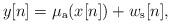
LaTeX: \begin{align*}y[n]=\mu_{\rm a}(x[n])+w_{\rm s}[n],\end{align*}